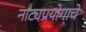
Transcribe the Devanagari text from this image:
नाट्यप्रयोगाचे